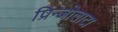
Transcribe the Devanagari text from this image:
प्रिन्जोलाटा